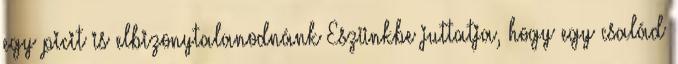
egy picit is elbizonytalanodnánk Eszünkbe juttatja, hogy egy család